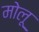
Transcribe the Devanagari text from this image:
मोलू